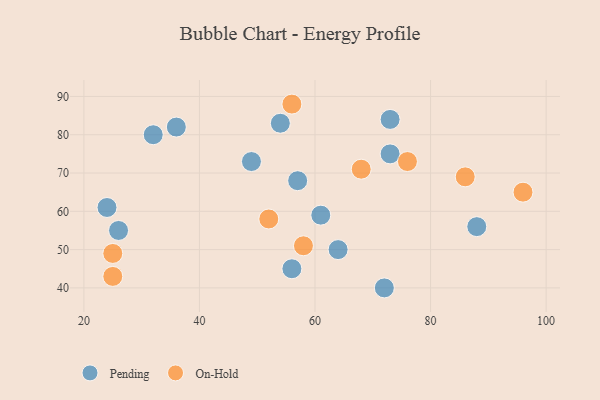
{"axis": {"x": "GDP", "y": "Life Expectancy"}, "legend": ["On-Hold", "Pending"], "data": [{"x": "36", "y": 82, "type": "Pending"}, {"x": "73", "y": 75, "type": "Pending"}, {"x": "72", "y": 40, "type": "Pending"}, {"x": "73", "y": 84, "type": "Pending"}, {"x": "24", "y": 61, "type": "Pending"}, {"x": "61", "y": 59, "type": "Pending"}, {"x": "57", "y": 68, "type": "Pending"}, {"x": "56", "y": 45, "type": "Pending"}, {"x": "26", "y": 55, "type": "Pending"}, {"x": "54", "y": 83, "type": "Pending"}, {"x": "32", "y": 80, "type": "Pending"}, {"x": "88", "y": 56, "type": "Pending"}, {"x": "49", "y": 73, "type": "Pending"}, {"x": "64", "y": 50, "type": "Pending"}, {"x": "52", "y": 58, "type": "On-Hold"}, {"x": "76", "y": 73, "type": "On-Hold"}, {"x": "86", "y": 69, "type": "On-Hold"}, {"x": "96", "y": 65, "type": "On-Hold"}, {"x": "25", "y": 43, "type": "On-Hold"}, {"x": "68", "y": 71, "type": "On-Hold"}, {"x": "25", "y": 49, "type": "On-Hold"}, {"x": "56", "y": 88, "type": "On-Hold"}, {"x": "58", "y": 51, "type": "On-Hold"}]}